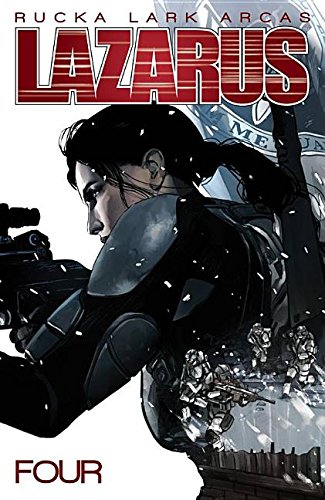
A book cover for Lazarus Volume 4 (Lazarus Tp); Greg Rucka; Science Fiction & Fantasy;